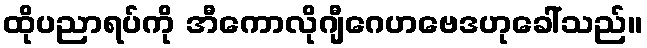
ထိုပညာရပ်ကို အီကောလိုဂျီဂေဟဗေဒဟုခေါ်သည်။